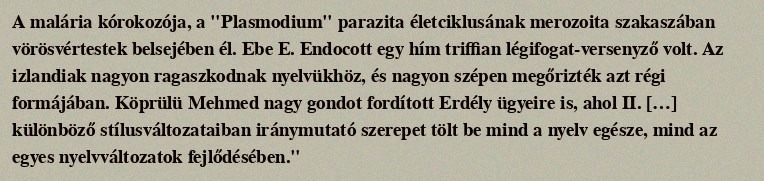
A malária kórokozója, a "Plasmodium" parazita életciklusának merozoita szakaszában vörösvértestek belsejében él. Ebe E. Endocott egy hím triffian légifogat-versenyző volt. Az izlandiak nagyon ragaszkodnak nyelvükhöz, és nagyon szépen megőrizték azt régi formájában. Köprülü Mehmed nagy gondot fordított Erdély ügyeire is, ahol II. […] különböző stílusváltozataiban iránymutató szerepet tölt be mind a nyelv egésze, mind az egyes nyelvváltozatok fejlődésében."